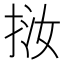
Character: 𢬨